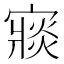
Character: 𡪶